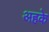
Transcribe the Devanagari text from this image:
अहके